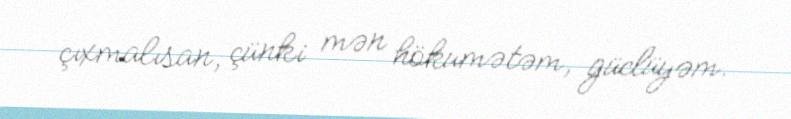
çıxmalısan, çünki mən hökumətəm, güclüyəm.